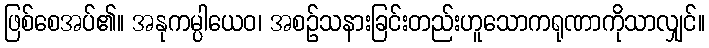
ဖြစ်စေအပ်၏။ အနုကမ္ပါယေဝ၊ အစဉ်သနားခြင်းတည်းဟူသောကရုဏာကိုသာလျှင်။